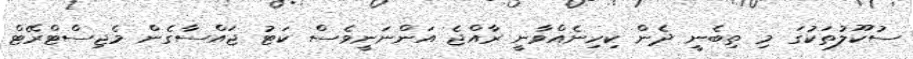
ސުކޫލުތަކުގަ މި ތިބެނީ ދެން ކިހިނެއްވާނީ ރާއްޖެ އަންނަނީވެސް ކަޓު ޖައްސާގެން މެޖިސްޓްރޭޓް